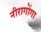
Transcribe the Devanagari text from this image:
नीरागोंगा